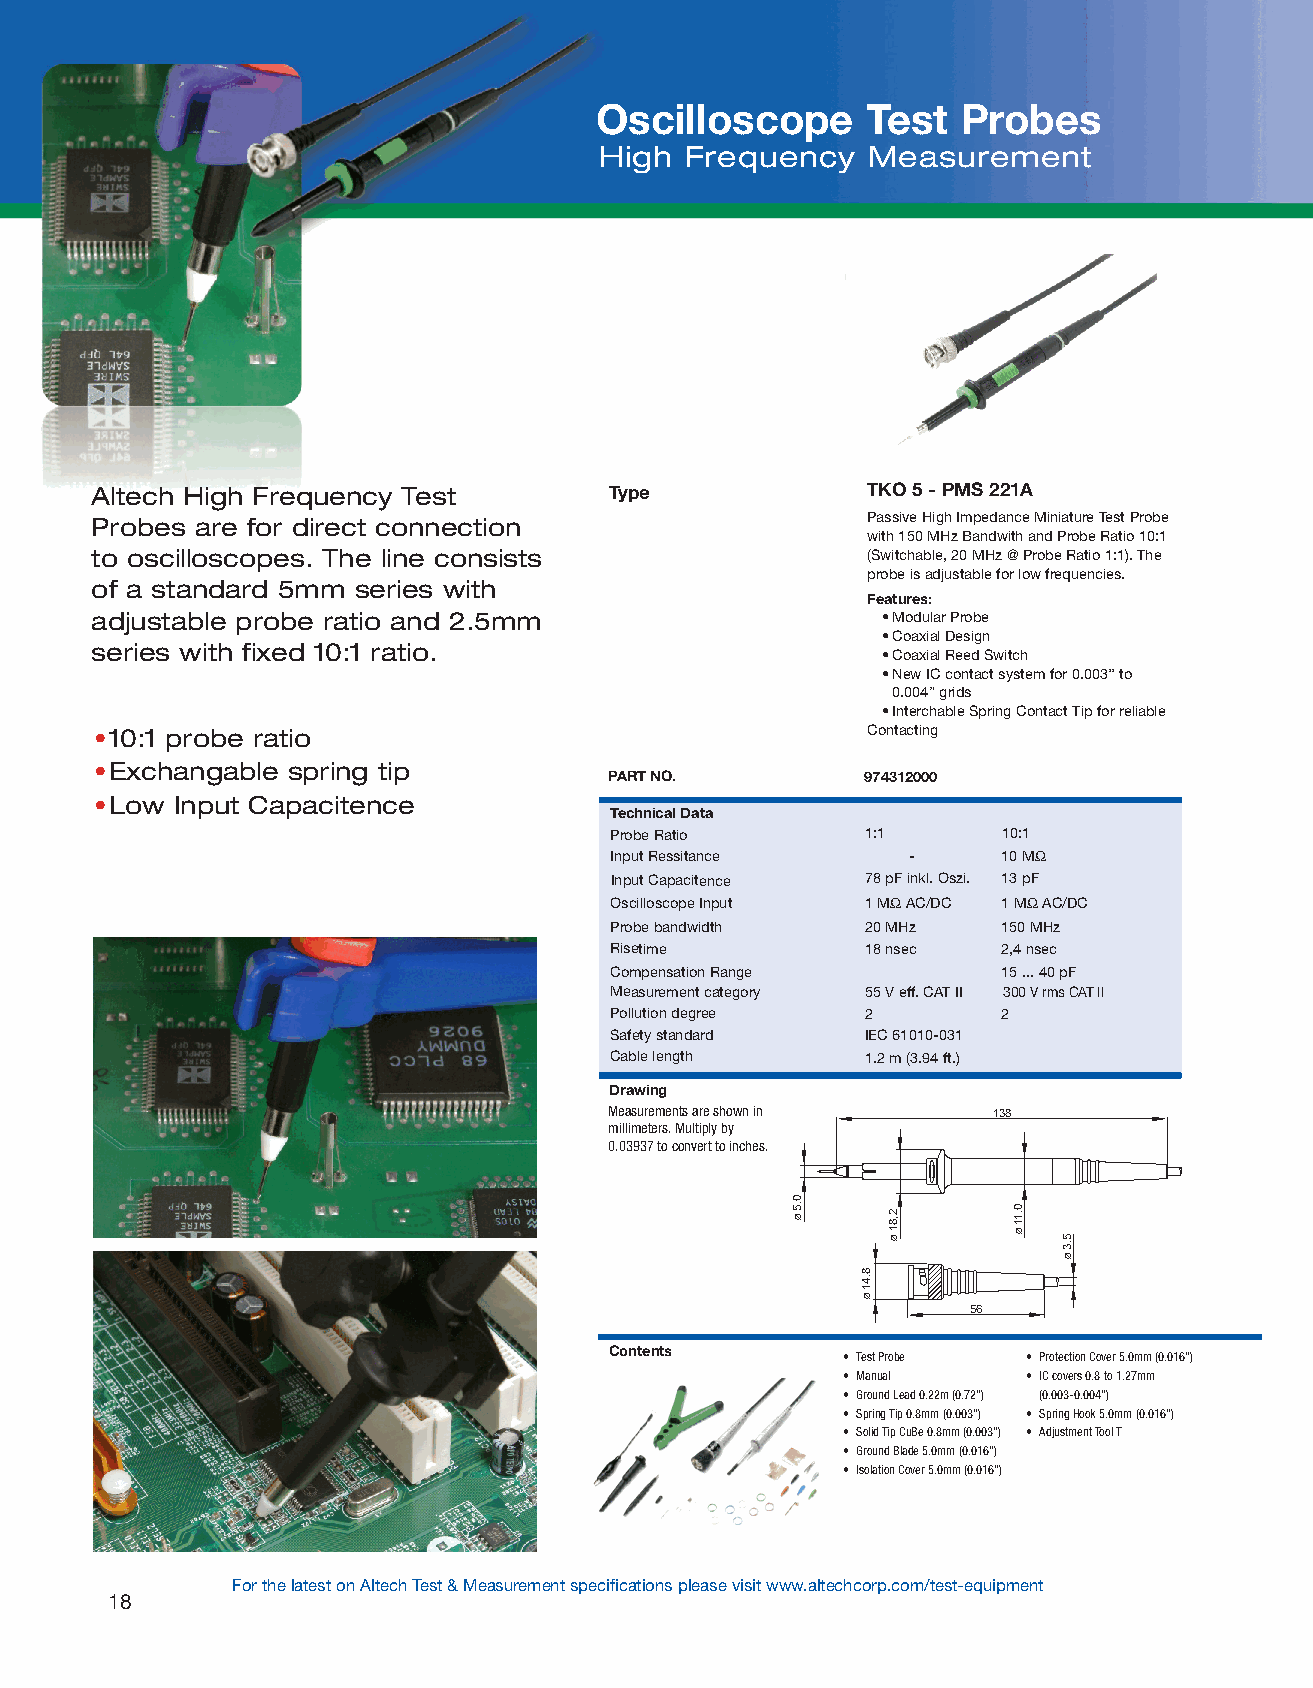
Oscilloscope      Test   Probes
 High Frequency   Measurement
 Altech High Frequency Test        Type             TKO 5 - PMS 221A
 Probes are for direct connection                   Passive High Impedance Miniature Test Probe
 with 150 MHz Bandwith and Probe Ratio 10:1
 to oscilloscopes. The line consists                (Switchable, 20 MHz @ Probe Ratio 1:1). The
 probe is adjustable for low frequencies.
 of a standard 5mm series with
 Features:
 adjustable probe ratio and 2.5mm                    •Modular Probe
 •Coaxial Design
 series with fixed 10:1 ratio.
 •Coaxial Reed Switch
 •New IC contact system for 0.003’’ to
 0.004” grids
 •Interchable Spring Contact Tip for reliable
 •10:1 probe ratio                                  Contacting
 •Exchangable spring tip
 PART NO.         974312000
 •Low Input Capacitence
 Technical Data
 Probe Ratio      1:1      10:1
 Input Ressitance    -     10 MΩ
 Input Capacitence 78 pF inkl. Oszi. 13 pF
 Oscilloscope Input 1 MΩ AC/DC 1 MΩ AC/DC
 Probe bandwidth  20 MHz   150 MHz
 Risetime         18 nsec  2,4 nsec
 Compensation Range        15 ... 40 pF
 Measurement category 55 V eff. CAT II 300 V rms CAT II
 Pollution degree 2        2
 Safety standard  IEC 61010-031
 Cable length     1.2 m (3.94 ft.)
 Drawing
 Measurements are shown in 138
 millimeters. Multiply by
 0.03937 to convert to inches.
 56
 Contents
 • Test Probe • Protection Cover 5.0mm (0.016”)
 • Manual    • IC covers 0.8 to 1.27mm
 • Ground Lead 0.22m (0.72”) (0.003-0.004”)
 • Spring Tip 0.8mm (0.003”) • Spring Hook 5.0mm (0.016”)
 • Solid Tip CuBe 0.8mm (0.003”) • Adjustment Tool T
 • Ground Blade 5.0mm (0.016”)
 • Isolation Cover 5.0mm (0.016”)
 For the latest on Altech Test & Measurement specifications please visit www.altechcorp.com/test-equipment
 18
 0.5
 Ø
 8.41
 Ø
 2,81
 Ø
 0.11
 Ø  5.3
 Ø